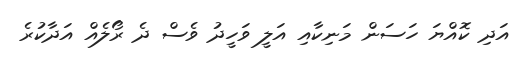
އަދި ކޮއްޔަ ހަސަން މަނިކާއި އަލީ ވަހީދު ވެސް ދެ ރޯލެއް އަދާކުރެ